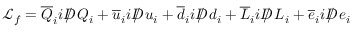
{ \mathcal { L } } _ { f } = { \overline { { Q } } } _ { i } i D \! \! \! \! / \; Q _ { i } + { \overline { { u } } } _ { i } i D \! \! \! \! / \; u _ { i } + { \overline { { d } } } _ { i } i D \! \! \! \! / \; d _ { i } + { \overline { { L } } } _ { i } i D \! \! \! \! / \; L _ { i } + { \overline { { e } } } _ { i } i D \! \! \! \! / \; e _ { i }